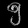
Digit: ၅